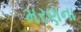
મરણના